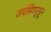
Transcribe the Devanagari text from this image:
जयसिंगपूरहून